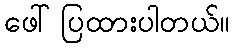
ဖေါ်ပြထားပါတယ်။